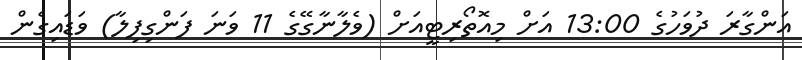
އަންގާރަ ދުވަހުގެ 13:00 އަށް މިއޮތޯރިޓީއަށް (ވެލާނާގޭގެ 11 ވަނަ ފަންގިފިލާ) ވަޑައިގެން